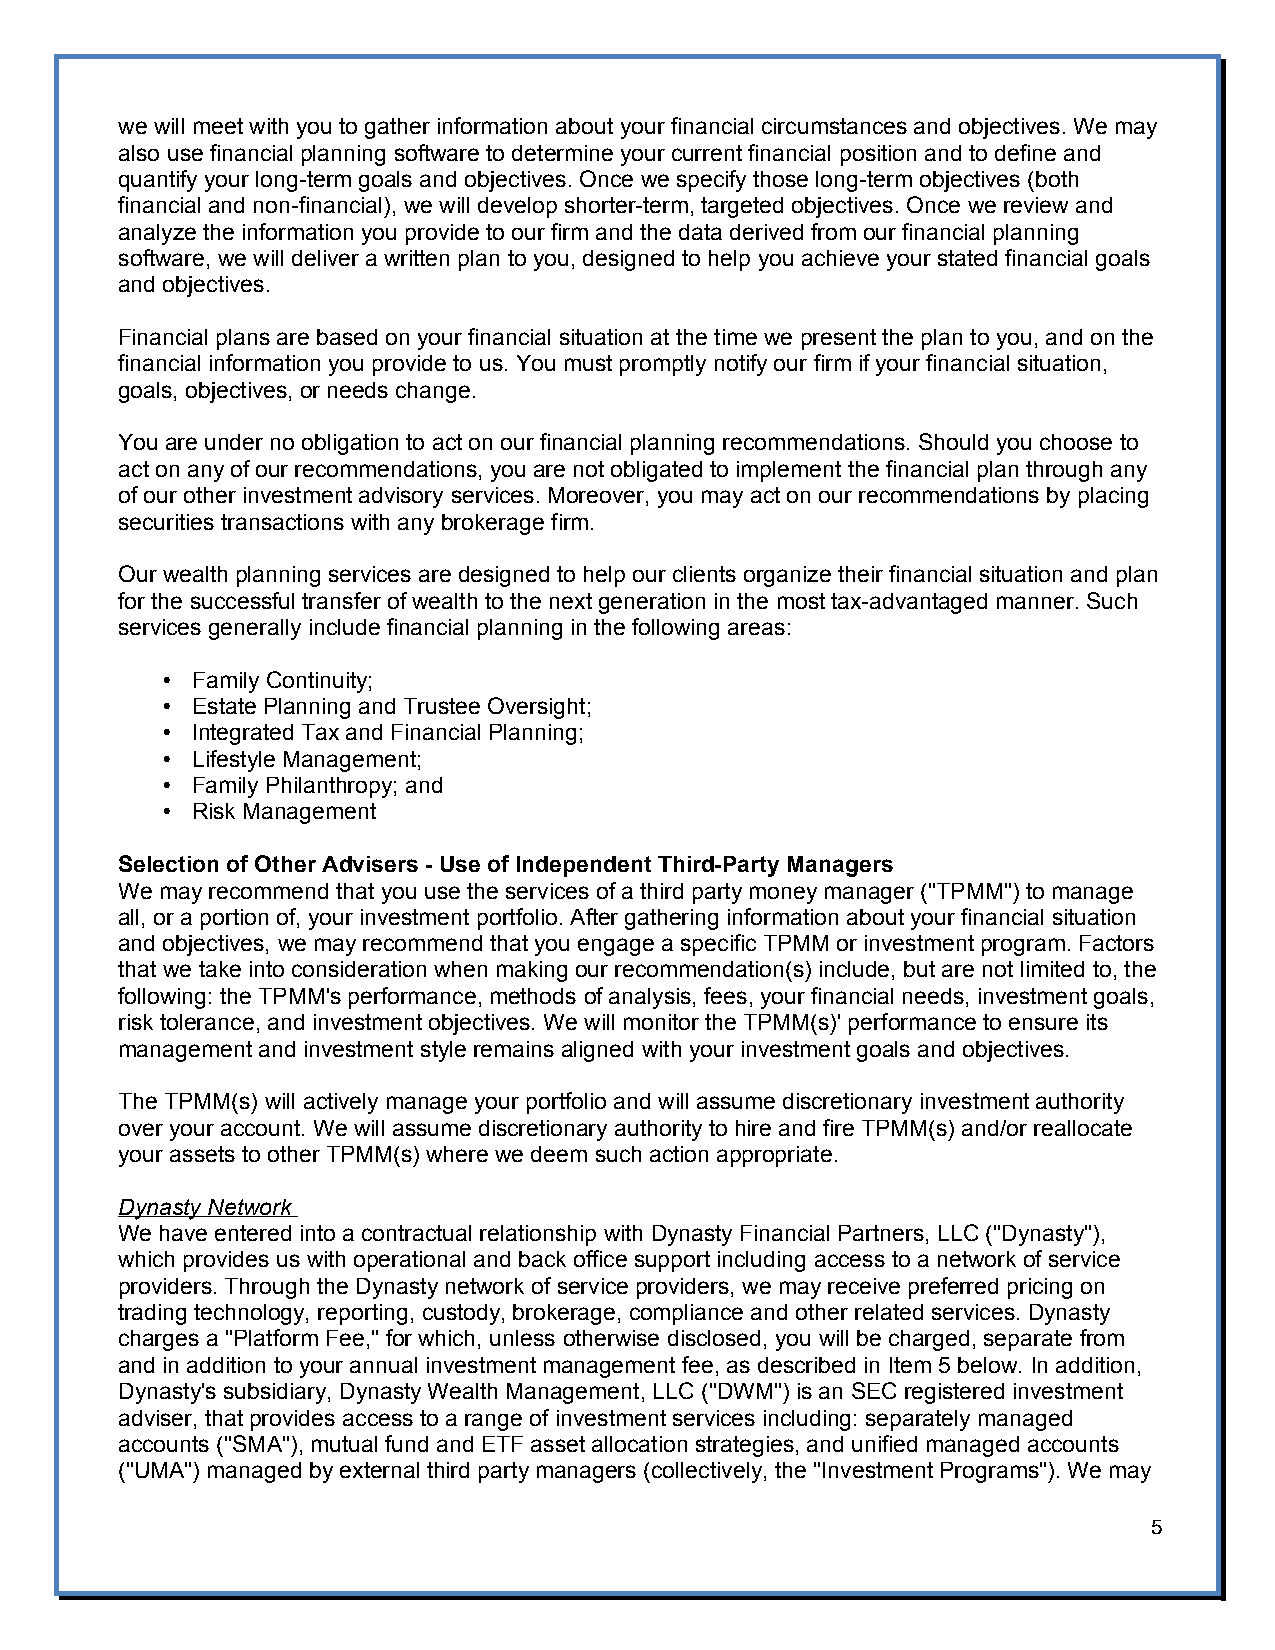
we will meet with you to gather information about your financial circumstances and objectives. We may
 also use financial planning software to determine your current financial position and to define and
 quantify your long-term goals and objectives. Once we specify those long-term objectives (both
 financial and non-financial), we will develop shorter-term, targeted objectives. Once we review and
 analyze the information you provide to our firm and the data derived from our financial planning
 software, we will deliver a written plan to you, designed to help you achieve your stated financial goals
 and objectives.
 Financial plans are based on your financial situation at the time we present the plan to you, and on the
 financial information you provide to us. You must promptly notify our firm if your financial situation,
 goals, objectives, or needs change.
 You are under no obligation to act on our financial planning recommendations. Should you choose to
 act on any of our recommendations, you are not obligated to implement the financial plan through any
 of our other investment advisory services. Moreover, you may act on our recommendations by placing
 securities transactions with any brokerage firm.
 Our wealth planning services are designed to help our clients organize their financial situation and plan
 for the successful transfer of wealth to the next generation in the most tax-advantaged manner. Such
 services generally include financial planning in the following areas:
 • Family Continuity;
 • Estate Planning and Trustee Oversight;
 • Integrated Tax and Financial Planning;
 • Lifestyle Management;
 • Family Philanthropy; and
 • Risk Management
 Selection of Other Advisers - Use of Independent Third-Party Managers
 We may recommend that you use the services of a third party money manager ("TPMM") to manage
 all, or a portion of, your investment portfolio. After gathering information about your financial situation
 and objectives, we may recommend that you engage a specific TPMM or investment program. Factors
 that we take into consideration when making our recommendation(s) include, but are not limited to, the
 following: the TPMM's performance, methods of analysis, fees, your financial needs, investment goals,
 risk tolerance, and investment objectives. We will monitor the TPMM(s)' performance to ensure its
 management and investment style remains aligned with your investment goals and objectives.
 The TPMM(s) will actively manage your portfolio and will assume discretionary investment authority
 over your account. We will assume discretionary authority to hire and fire TPMM(s) and/or reallocate
 your assets to other TPMM(s) where we deem such action appropriate.
 Dynasty Network
 We have entered into a contractual relationship with Dynasty Financial Partners, LLC ("Dynasty"),
 which provides us with operational and back office support including access to a network of service
 providers. Through the Dynasty network of service providers, we may receive preferred pricing on
 trading technology, reporting, custody, brokerage, compliance and other related services. Dynasty
 charges a "Platform Fee," for which, unless otherwise disclosed, you will be charged, separate from
 and in addition to your annual investment management fee, as described in Item 5 below. In addition,
 Dynasty's subsidiary, Dynasty Wealth Management, LLC ("DWM") is an SEC registered investment
 adviser, that provides access to a range of investment services including: separately managed
 accounts ("SMA"), mutual fund and ETF asset allocation strategies, and unified managed accounts
 ("UMA") managed by external third party managers (collectively, the "Investment Programs"). We may
 5